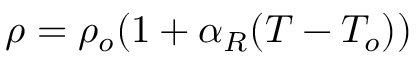
\rho = \rho _ { o } ( 1 + \alpha _ { R } ( T - T _ { o } ) )